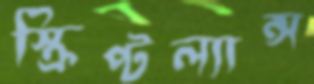
স্ক্রিপ্টল্যান্স